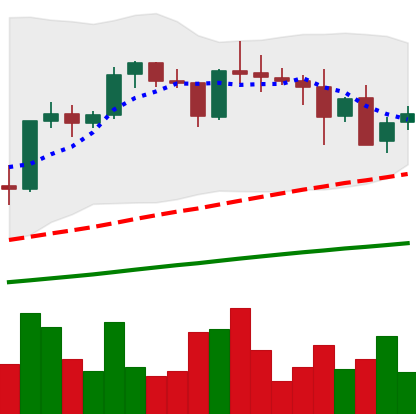
Ticker: XRP-USD
Chart end date: 2021-05-14
Forward return: -23.708%
Label: down_7plus